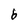
Character: b